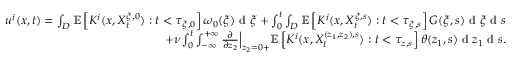
\begin{array} { r } { u ^ { i } ( x , t ) = \int _ { D } \mathbb { E } \left[ K ^ { i } ( x , X _ { t } ^ { \xi , 0 } ) : t < \tau _ { \xi , 0 } \right] \omega _ { 0 } ( \xi ) \textrm { d } \xi + \int _ { 0 } ^ { t } \int _ { D } \mathbb { E } \left[ K ^ { i } ( x , X _ { t } ^ { \xi , s } ) : t < \tau _ { \xi , s } \right] G ( \xi , s ) \textrm { d } \xi \textrm { d } s } \\ { + \nu \int _ { 0 } ^ { t } \int _ { - \infty } ^ { + \infty } \frac { \partial } { \partial z _ { 2 } } \Big | _ { z _ { 2 } = 0 + } \mathbb { E } \left[ K ^ { i } ( x , X _ { t } ^ { ( z _ { 1 } , z _ { 2 } ) , s } ) : t < \tau _ { z , s } \right] \theta ( z _ { 1 } , s ) \textrm { d } z _ { 1 } \textrm { d } s . } \end{array}